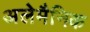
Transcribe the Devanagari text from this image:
अलेमैनिक